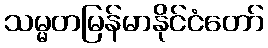
သမ္မတမြန်မာနိုင်ငံတော်